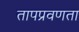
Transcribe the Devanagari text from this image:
तापप्रवणता